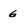
Character: 6